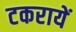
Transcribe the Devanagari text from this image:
टकरायें